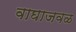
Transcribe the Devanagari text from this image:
वाघाजवळ